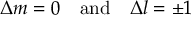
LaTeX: \Delta m = 0 \quad { \mathrm { a n d } } \quad \Delta l = \pm 1